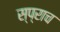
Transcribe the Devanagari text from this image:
स्प्राच